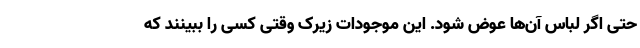
حتی اگر لباس آن‌ها عوض شود. این موجودات زیرک وقتی کسی را ببینند که